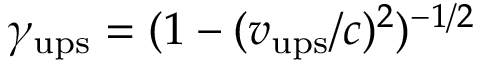
\gamma _ { \mathrm { u p s } } = ( 1 - ( v _ { \mathrm { u p s } } / c ) ^ { 2 } ) ^ { - 1 / 2 }